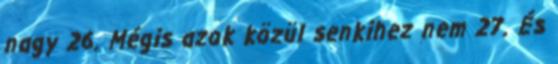
nagy 26. Mégis azok közül senkihez nem 27. És